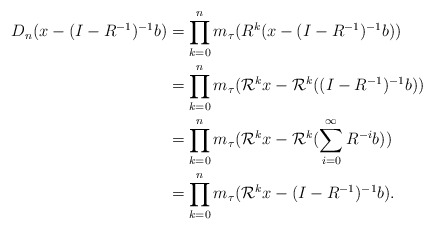
\begin{align*}D_n(x-(I-R^{-1})^{-1}b)&=\prod_{k=0}^{n}m_\tau(R^k(x-(I-R^{-1})^{-1}b))\\&=\prod_{k=0}^{n}m_\tau(\mathcal{R}^kx-\mathcal{R}^k((I-R^{-1})^{-1}b))\\&=\prod_{k=0}^{n}m_\tau(\mathcal{R}^kx-\mathcal{R}^k(\sum\limits_{i=0}^{\infty}R^{-i}b))\\&=\prod_{k=0}^{n}m_\tau(\mathcal{R}^kx-(I-R^{-1})^{-1}b).\end{align*}